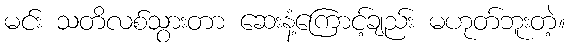
မင်း သတိလစ်သွားတာ ဆေးနံ့ကြောင့်ချည်း မဟုတ်ဘူးတဲ့။